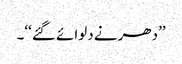
’’دھرنے دلوائے گئے‘‘۔